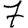
Digit: 7